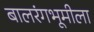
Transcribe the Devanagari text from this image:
बालरंगभूमीला